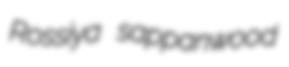
Rossiya sappanwood